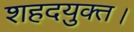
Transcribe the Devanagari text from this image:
शहदयुक्त।